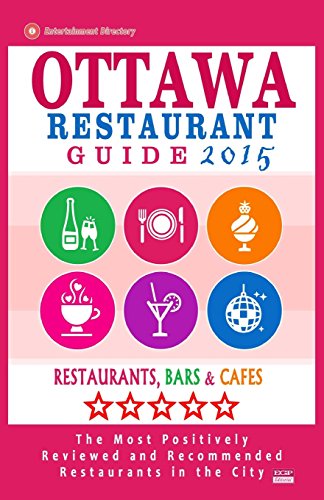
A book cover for Ottawa Restaurant Guide 2015: Best Rated Restaurants in Ottawa, Canada - 500 restaurants, bars and cafÃ©s recommended for visitors, 2015.; John M. Frizzell; Travel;